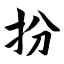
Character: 扮